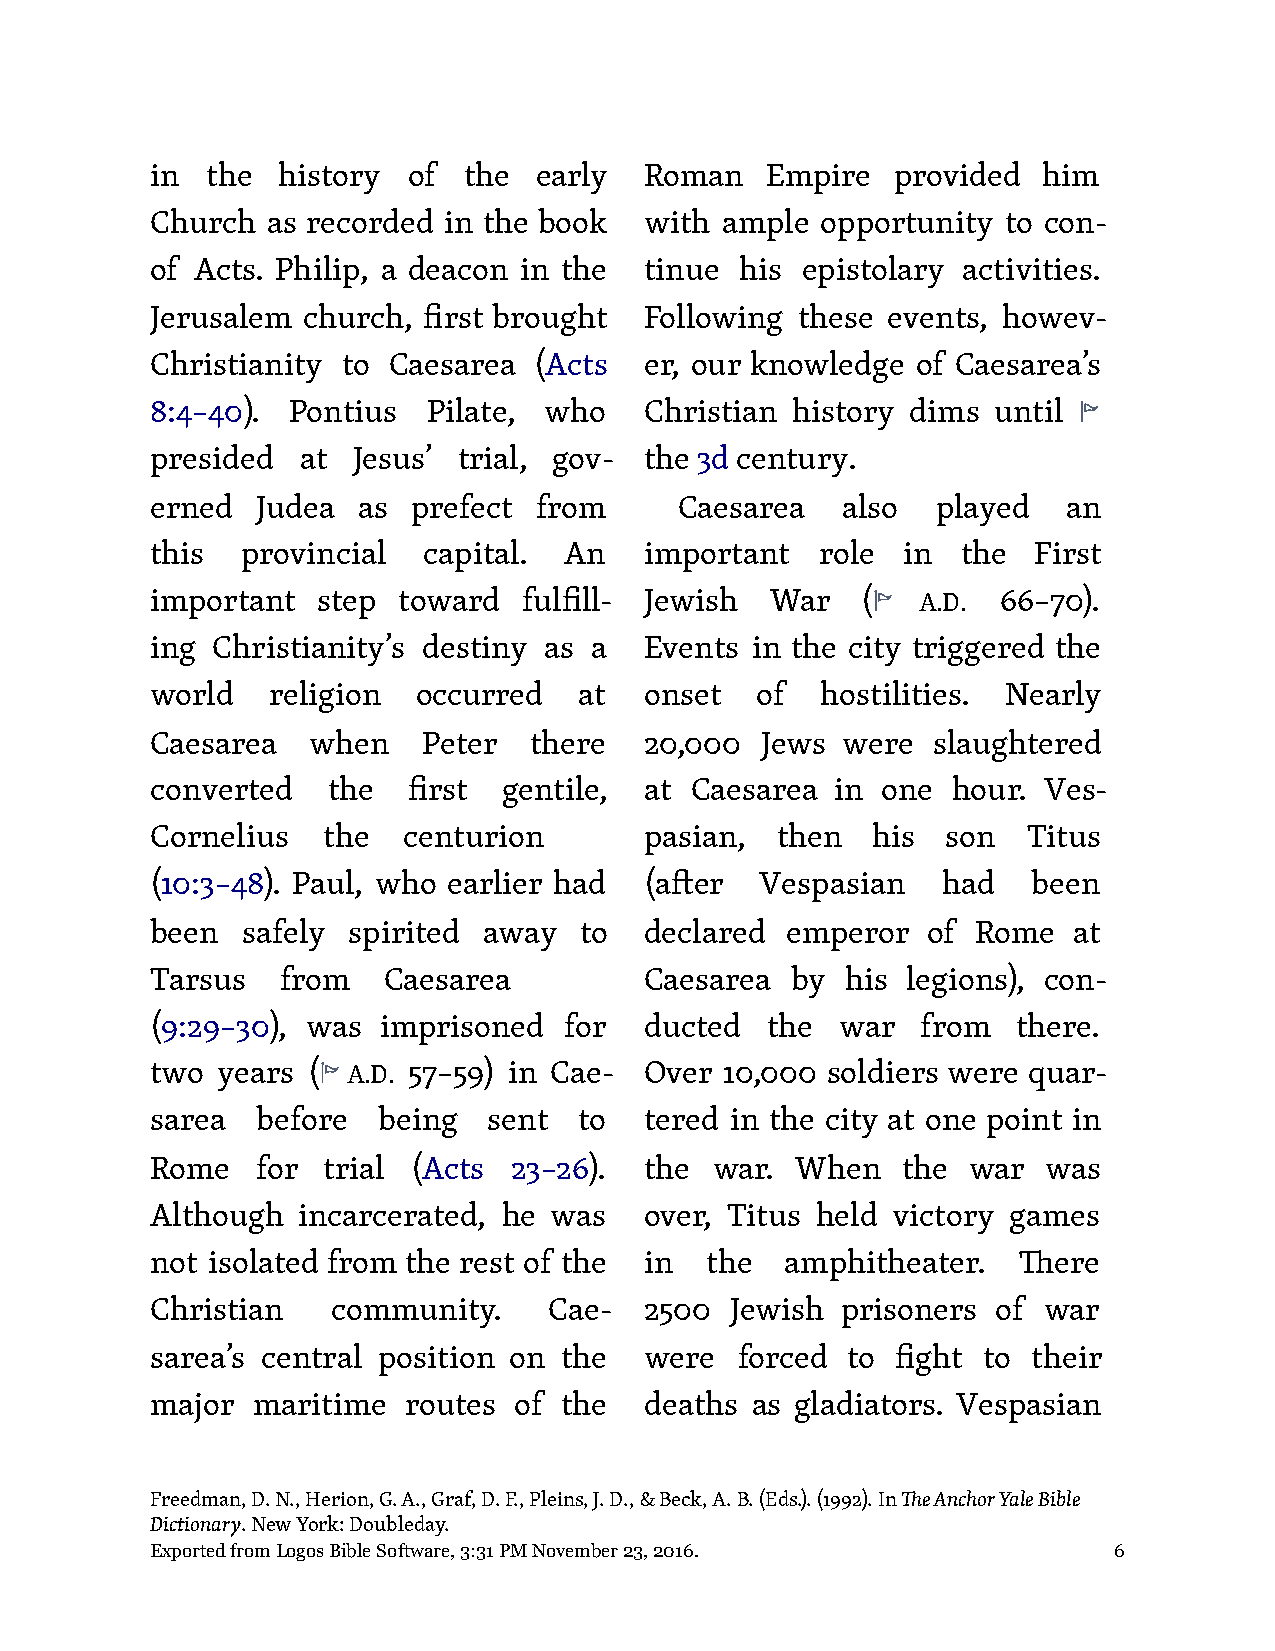
in  the history  of  the early   Roman   Empire  provided  him
 Church  as recorded in the book  with ample opportunity  to con-
 of Acts. Philip, a deacon in the tinue his epistolary activities.
 Jerusalem church, first brought  Following these events, howev-
 Christianity to Caesarea (Acts   er, our knowledge of Caesarea’s
 8:4–40). Pontius  Pilate, who    Christian history dims until
 presided  at Jesus’ trial, gov-  the 3d century.
 erned  Judea  as prefect from      Caesarea   also  played   an
 this  provincial  capital. An    important  role  in  the First
 important  step toward   fulfill- Jewish War   (   A.D. 66–70).
 ing Christianity’s destiny as a  Events in the city triggered the
 world   religion  occurred  at   onset  of  hostilities. Nearly
 Caesarea  when    Peter  there   20,000 Jews  were  slaughtered
 converted   the  first gentile,  at Caesarea in one  hour. Ves-
 Cornelius  the   centurion       pasian, then   his  son  Titus
 (10:3–48). Paul, who earlier had (a!er  Vespasian   had   been
 been  safely spirited away  to   declared emperor  of  Rome  at
 Tarsus   from  Caesarea          Caesarea by  his legions), con-
 (9:29–30), was imprisoned  for   ducted  the  war  from  there.
 two years (  A.D. 57–59) in Cae- Over 10,000 soldiers were quar-
 sarea  before  being  sent  to   tered in the city at one point in
 Rome   for trial (Acts  23–26).  the war.  When   the war  was
 Although  incarcerated, he was   over, Titus held victory games
 not isolated from the rest of the in the  amphitheater.  "ere
 Christian   community.    Cae-   2500 Jewish  prisoners of war
 sarea’s central position on the  were  forced to fight to their
 major  maritime  routes of the   deaths as gladiators. Vespasian
 Freedman, D. N., Herion, G. A., Graf, D. F., Pleins, J. D., & Beck, A. B. (Eds.). (1992). In !e Anchor Yale Bible
 Dictionary. New York: Doubleday.
 Exported from Logos Bible Software, 3:31 PM November 23, 2016.  6